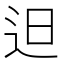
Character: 𨑨